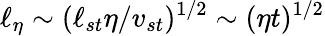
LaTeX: \ell_{\eta}\sim(\ell_{st}\eta/v_{st})^{1/2}\sim(\eta t)^{1/2}